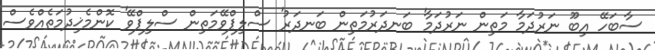
ސާބަހޭ އިބޫ ނަރުދަމާ މަތިން ނަރުދަމާ' ބަނދަރުމަތިން ބަނދަރު' ސްލިޕްވޭމަތިން ސްލިޕްވޭ' ކޮންމެޚިދުމަތެއްވެސް